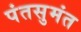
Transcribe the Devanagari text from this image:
पंतसुमंत